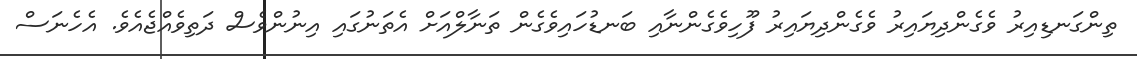
ތިންގަނޑިއިރު ވެގެންދިޔައިރު ވެގެންދިޔައިރު ފޫހިވެގެންނާއި ބަނޑުހައިވެގެން ތަނާލްއަށް އެތަނުގައި އިނުންވެސް ދަތިވެއްޖެއެވެ. އެހެނަސް